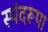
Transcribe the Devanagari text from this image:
स्पंदरूपा